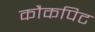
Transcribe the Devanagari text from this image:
कौकपिट